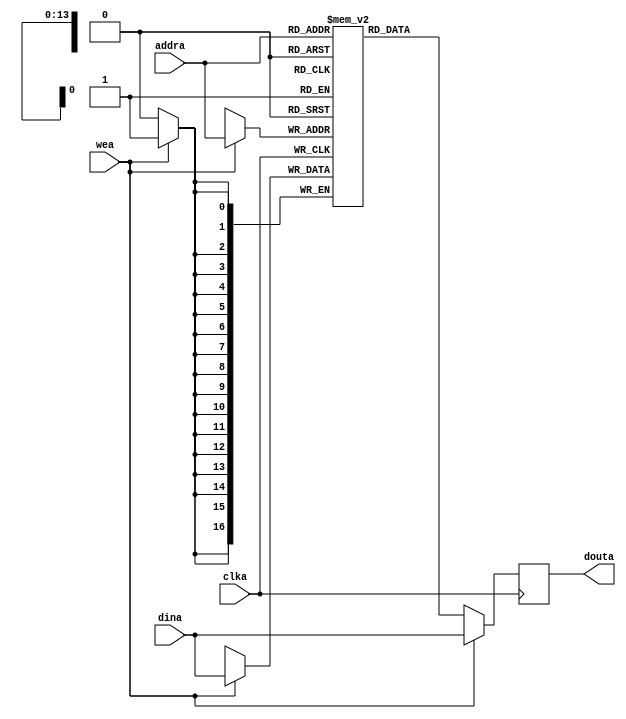
module stack_ram(
	input clka,
	input [(RAM_WIDTH - 1) : 0] dina,	//[16:0]
	input [(RAM_ADDR_BITS - 1) : 0] addra,	//[13:0]
	input wea,
	output reg [(RAM_WIDTH - 1) : 0] douta
	);

	parameter RAM_ADDR_BITS = 14;
	parameter RAM_WIDTH = 17;
	
	// Xilinx specific directive
	(* RAM_STYLE="BLOCK" *)
	
	reg [RAM_WIDTH-1:0] data_storage_ram [(2**RAM_ADDR_BITS)-1:0];
	
	always @(posedge clka) begin
	if (wea) begin
			data_storage_ram[addra] <= dina;
			douta <= dina;
	end else begin
			douta <= data_storage_ram[addra];
		end
	end

endmodule